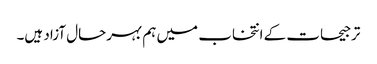
ترجیحات کے انتخاب میں ہم بہرحال آزاد ہیں۔